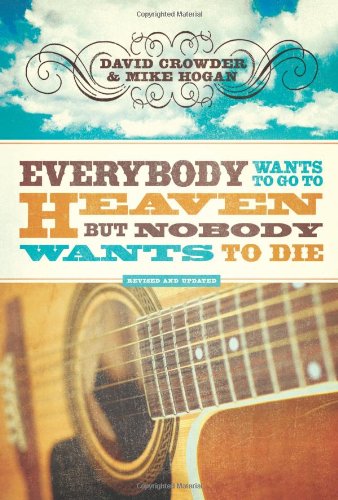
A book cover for Everybody Wants to Go to Heaven, but Nobody Wants to Die; David Crowder; Christian Books & Bibles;